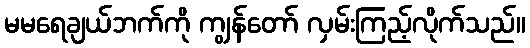
မမရေချယ်ဘက်ကို ကျွန်တော် လှမ်းကြည့်လိုက်သည်။